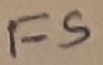
Text: FS